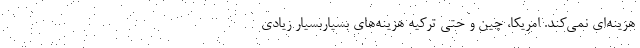
هزينه‌اي نمي‌كند. امريكا، چين و حتي تركيه هزينه‌هاي بسياربسيار زيادي